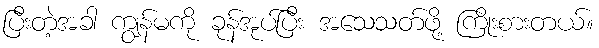
ပြီးတဲ့အခါ ကျွန်မကို ခုန်အုပ်ပြီး အသေသတ်ဖို့ ကြိုးစားတယ်။